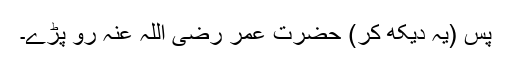
پس (یہ دیکھ کر) حضرت عمر رضی اللہ عنہ رو پڑے۔